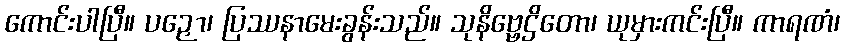
ကောင်းပါပြီ။ ပဉှော၊ ပြဿနာမေးခွန်းသည်။ သုနိဗ္ဗေဌိတော၊ ယုမှားကင်းပြီ။ ကာရဏံ၊